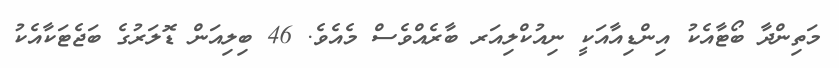
މަތިންދާ ބޯޓާއެކު އިންޑިއާއަކީ ނިއުކްލިއަރ ބާރެއްވެސް މެއެވެ. 46 ބިލިއަން ޑޮލަރުގެ ބަޖެޓަކާއެކު